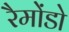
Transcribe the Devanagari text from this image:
रैमोंडो